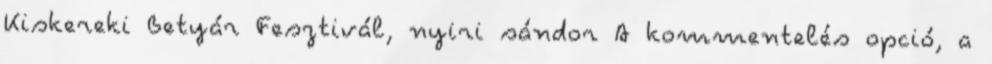
Kiskereki Betyár Fesztivál, nyiri sándor A kommentelés opció, a